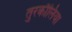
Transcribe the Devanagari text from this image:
तुरकौलिया